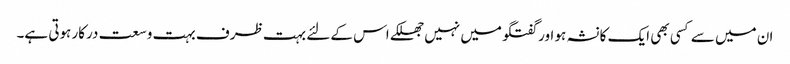
ان میں سے کسی بھی ایک کا نشہ ہو اور گفتگو میں نہیں جھلکے اس کے لئے بہت ظرف بہت وسعت درکار ہوتی ہے۔